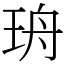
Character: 珘